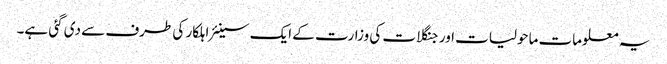
یہ معلومات ماحولیات اور جنگلات کی وزارت کے ایک سینئر اہلکار کی طرف سے دی گئی ہے۔